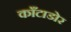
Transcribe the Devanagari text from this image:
काँटाडोर